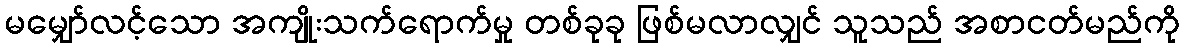
မမျှော်လင့်သော အကျိုးသက်ရောက်မှု တစ်ခုခု ဖြစ်မလာလျှင် သူသည် အစာငတ်မည်ကို